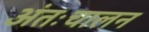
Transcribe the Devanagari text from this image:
अंतःचालन